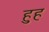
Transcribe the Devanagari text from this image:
हुह